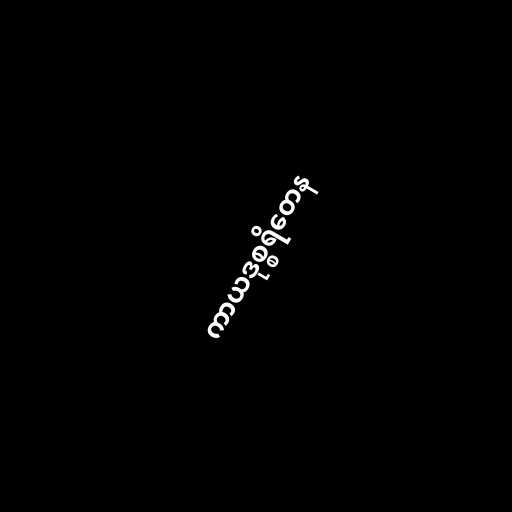
ကာယဒုစ္စရိတေန